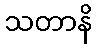
သတာနိ